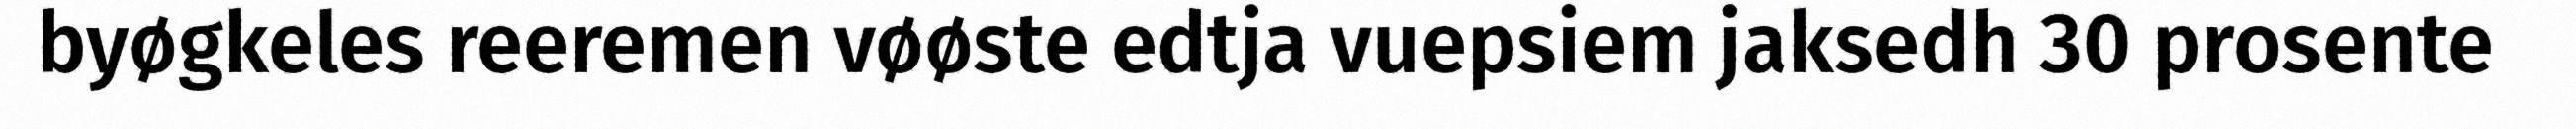
byøgkeles reeremen vøøste edtja vuepsiem jaksedh 30 prosente